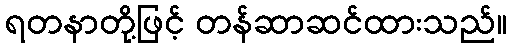
ရတနာတို့ဖြင့် တန်ဆာဆင်ထားသည်။